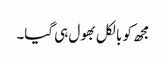
مجھ کو بالکل بھول ہی گیا۔